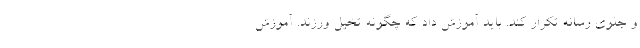
و جلوی رسانه تکرار کند. باید آموزش داد که چگونه تخیل ورزند. آموزش